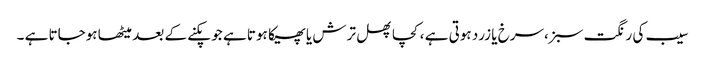
سیب کی رنگت سبز،سرخ یا زرد ہوتی ہے ،کچا پھل ترش یا پھیکا ہوتا ہے جو پکنے کے بعد میٹھا ہوجاتا ہے ۔